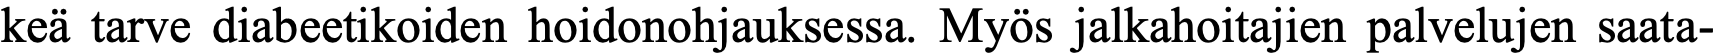
keä tarve diabeetikoiden hoidonohjauksessa. Myös jalkahoitajien palvelujen saata-